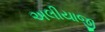
અલીયાજી